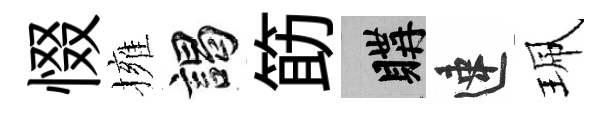
惙擁謁筯購速珮